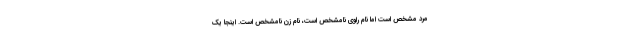
مرد مشخص است اما نام راوی نامشخص است، نام زن نامشخص است. اینجا یک